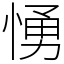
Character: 愑